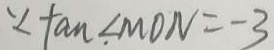
\because \tan . \angle M O N = - 3